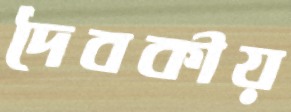
দৈবকীয়